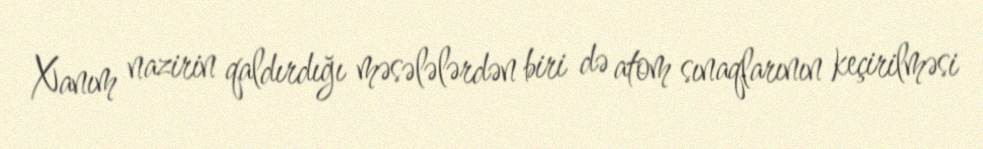
Xanım nazirin qaldırdığı məsələlərdən biri də atom sınaqlarının keçirilməsi